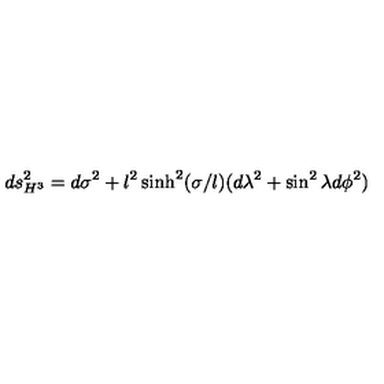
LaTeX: d s _ { H ^ { 3 } } ^ { 2 } = d \sigma ^ { 2 } + l ^ { 2 } \sinh ^ { 2 } ( \sigma / l ) ( d \lambda ^ { 2 } + \sin ^ { 2 } \lambda d \phi ^ { 2 } )